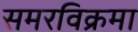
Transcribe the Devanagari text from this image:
समरविक्रमा